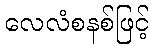
လေလံစနစ်ဖြင့်